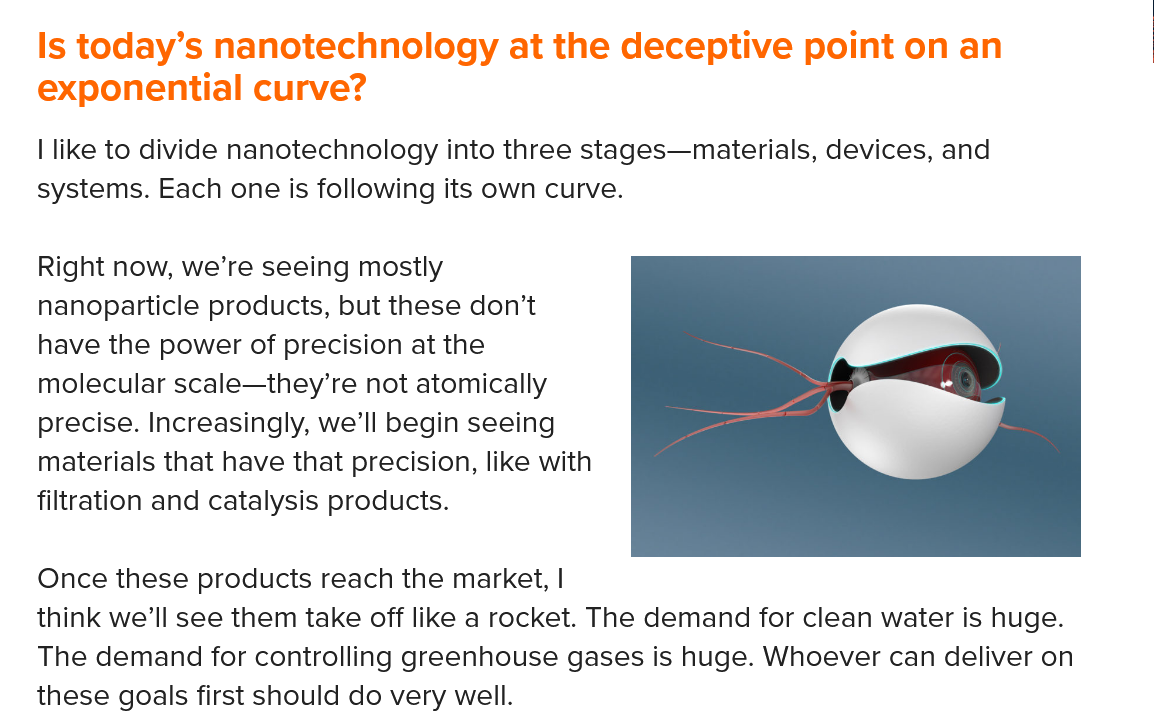
Is today’s nanotechnology   at   the deceptive   point on an
   exponential   curve?
   | like to divide nanotechnology into three stages—materials, devices, and
   systems. Each one is following its own curve.
   Right now, we're seeing mostly
   nanoparticle products, but these don’t
   have the power of precision at the
   molecular scale—they’re not atomically
   precise. Increasingly, we'll begin seeing
   materials that have that precision, like with
   filtration and catalysis products.
   Once these products reach the market, |
   think we'll see them take off like a rocket. The demand for clean water is huge.
   The demand for controlling greenhouse gases is huge. Whoever can deliver on
   these goals first should do very well.